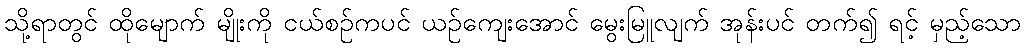
သို့ရာတွင် ထိုမျောက် မျိုးကို ငယ်စဉ်ကပင် ယဉ်ကျေးအောင် မွေးမြူလျက် အုန်းပင် တက်၍ ရင့် မှည့်သော